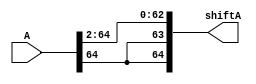
module SRA_2(shiftA, A);
	input [64:0] A;
	output [64:0] shiftA;

	assign shiftA[62:0] = A[64:2];
	assign shiftA[63] = A[64];
	assign shiftA[64] = A[64];
	

endmodule